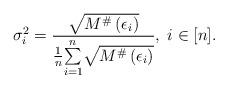
LaTeX: \begin{align*}\sigma_{i}^{2}=\frac{\sqrt{M^{\#}\left(\epsilon_{i}\right)}}{\frac{1}{n}\overset{n}{\underset{i=1}{\sum}}\sqrt{M^{\#}\left(\epsilon_{i}\right)}},\; i\in[n].\end{align*}